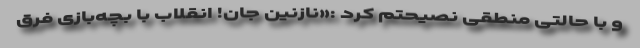
و با حالتی منطقی نصیحتم کرد :«نازنین جان! انقلاب با بچه‌بازی فرق